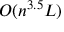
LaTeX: O ( n ^ { 3 . 5 } L )